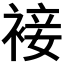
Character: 𧚪